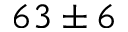
6 3 \pm 6